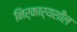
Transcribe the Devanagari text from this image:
निर्कार्यशील